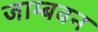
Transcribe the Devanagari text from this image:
जाम्बवन